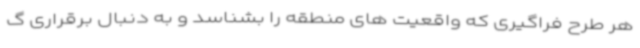
هر طرح فراگیری که واقعیت های منطقه را بشناسد و به دنبال برقراری گ